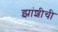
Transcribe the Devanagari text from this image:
झांशीची